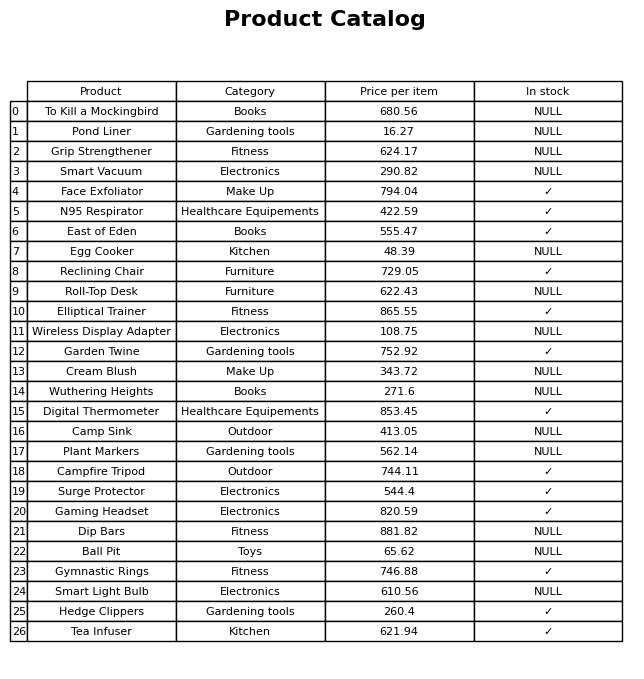
question: What is the price for Reclining Chair?
answer: The price of Reclining Chair is 729.05.